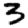
Digit: 3